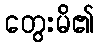
တွေးမိ၏